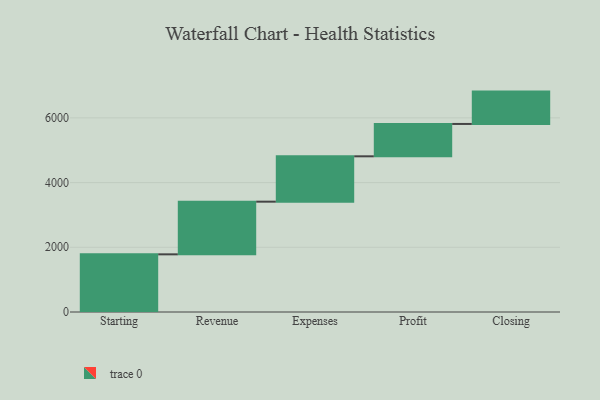
{"axis": {"x": "Step", "y": "Value"}, "legend": [""], "data": [{"x": "Starting", "y": 1782.0, "type": ""}, {"x": "Revenue", "y": 1628.0, "type": ""}, {"x": "Expenses", "y": 1402.0, "type": ""}, {"x": "Profit", "y": 1000, "type": ""}, {"x": "Closing", "y": 1000, "type": ""}]}